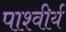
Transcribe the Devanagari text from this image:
पाश्वीर्य